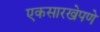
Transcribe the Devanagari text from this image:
एकसारखेपणे